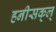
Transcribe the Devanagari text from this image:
हनीसक्‌ल्‌